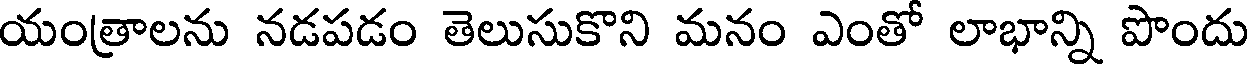
యంత్రాలను నడపడం తెలుసుకొని మనం ఎంతో లాభాన్ని పొందు